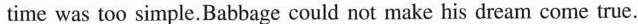
time was too simple. Babbage could not make his dream come true.